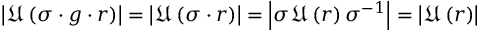
\left| \mathfrak { U } \left( \sigma \cdot g \cdot r \right) \right| = \left| \mathfrak { U } \left( \sigma \cdot r \right) \right| = \left| \sigma \mathfrak { U } \left( r \right) \sigma ^ { - 1 } \right| = \left| \mathfrak { U } \left( r \right) \right|